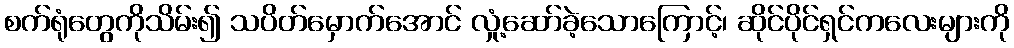
စက်ရုံတွေကိုသိမ်း၍ သပိတ်မှောက်အောင် လှုံ့ဆော်ခဲ့သောကြောင့်၊ ဆိုင်ပိုင်ရှင်ကလေးများကို